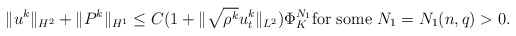
\begin{align*}\|u^k\|_{H^2}+\|P^k\|_{H^1}\le C(1+\|\sqrt{\rho^k}u_t^k\|_{L^2})\Phi_K^{N_1} {\rm for \ some}\ N_1=N_1(n,q)>0.\end{align*}